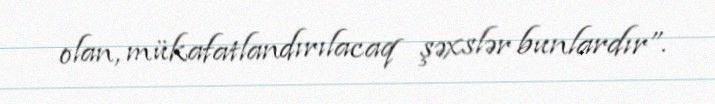
olan, mükafatlandırılacaq şəxslər bunlardır”.